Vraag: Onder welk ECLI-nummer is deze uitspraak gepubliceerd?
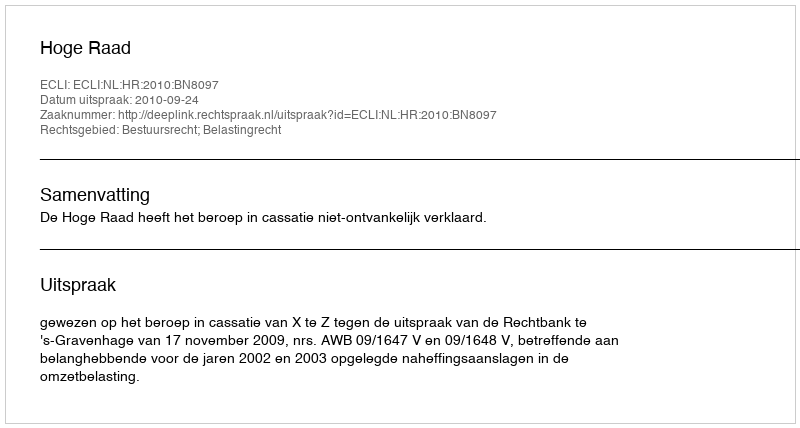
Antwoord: ECLI:NL:HR:2010:BN8097